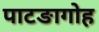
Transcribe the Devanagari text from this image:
पाटङागोह